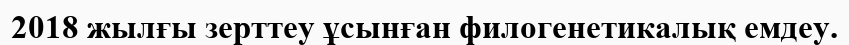
2018 жылғы зерттеу ұсынған филогенетикалық емдеу.